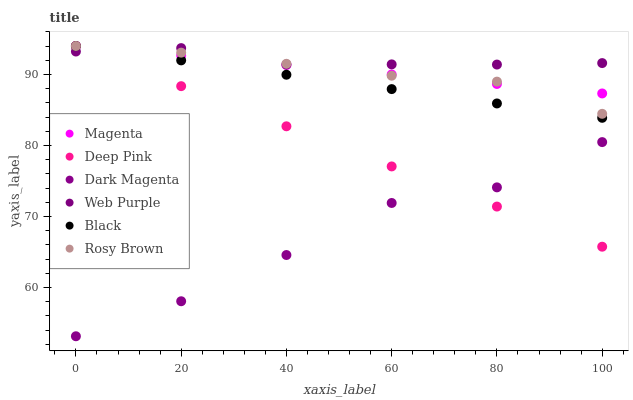
| xaxis_label | Magenta | Deep Pink | Dark Magenta | Web Purple | Black | Rosy Brown |
 | --- | --- | --- | --- | --- | --- | --- |
 | 0 | 94 | 94 | 53.1 | 93.2 | 94 | 94 |
 | 20 | 92.7 | 88.3 | 58.1 | 93.7 | 92 | 93.1 |
 | 40 | 91.3 | 82.7 | 64.6 | 91.4 | 90 | 91.5 |
 | 60 | 90 | 77 | 71.9 | 91.4 | 87.9 | 89.8 |
 | 80 | 88.7 | 71.4 | 74.1 | 91.4 | 85.9 | 89 |
 | 100 | 87.3 | 65.7 | 80.5 | 91.6 | 83.9 | 84.5 |